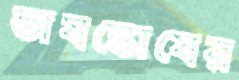
অষন্তোষের